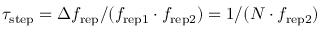
\tau _ { \mathrm { s t e p } } = \Delta f _ { \mathrm { r e p } } / ( f _ { \mathrm { r e p 1 } } \cdot f _ { \mathrm { r e p 2 } } ) = 1 / ( N \cdot f _ { \mathrm { r e p 2 } } )